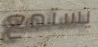
يستمع